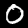
Digit: 0